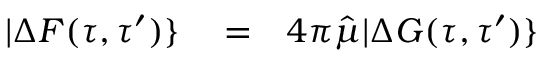
\begin{array} { r l r } { | \Delta F ( \tau , \tau ^ { \prime } ) \} } & { { } = } & { 4 \pi \hat { \mu } | \Delta G ( \tau , \tau ^ { \prime } ) \} } \end{array}